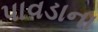
પાવડાના